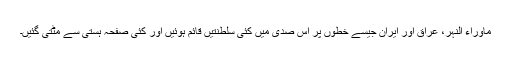
ماوراء النہر، عراق اور ایران جیسے خطوں پر اِس صدی میں کئی سلطنتیں قائم ہوئیں اور کئی صفحہ ہستی سے مٹتی گئیں۔